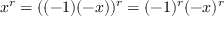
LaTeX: x ^ { r } = ( ( - 1 ) ( - x ) ) ^ { r } = ( - 1 ) ^ { r } ( - x ) ^ { r }